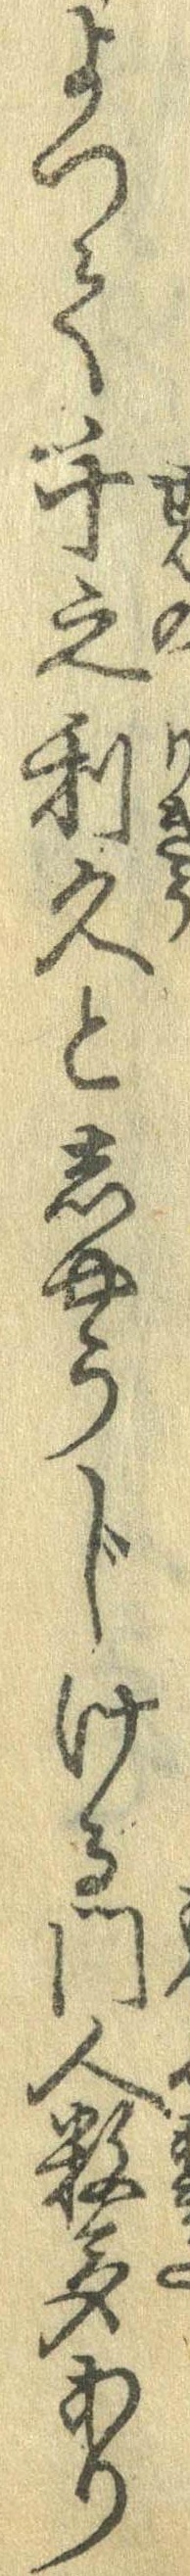
よって千之利久としゃうじける門人数多あり